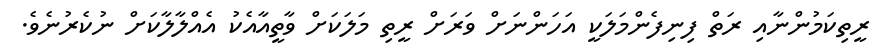
ރީތިކަމުންނާއި ރަތް ފިނިފެންމަލަކީ އަހަންނަށް ވަރަށް ރީތި މަލަކަށް ވާތީއާއެކު އެއްލާލާކަށް ނުކެރުނެވެ.